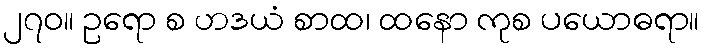
၂၇၀။ ဥရော စ ဟဒယံ စာထ၊ ထနော ကုစ ပယောဓရာ။